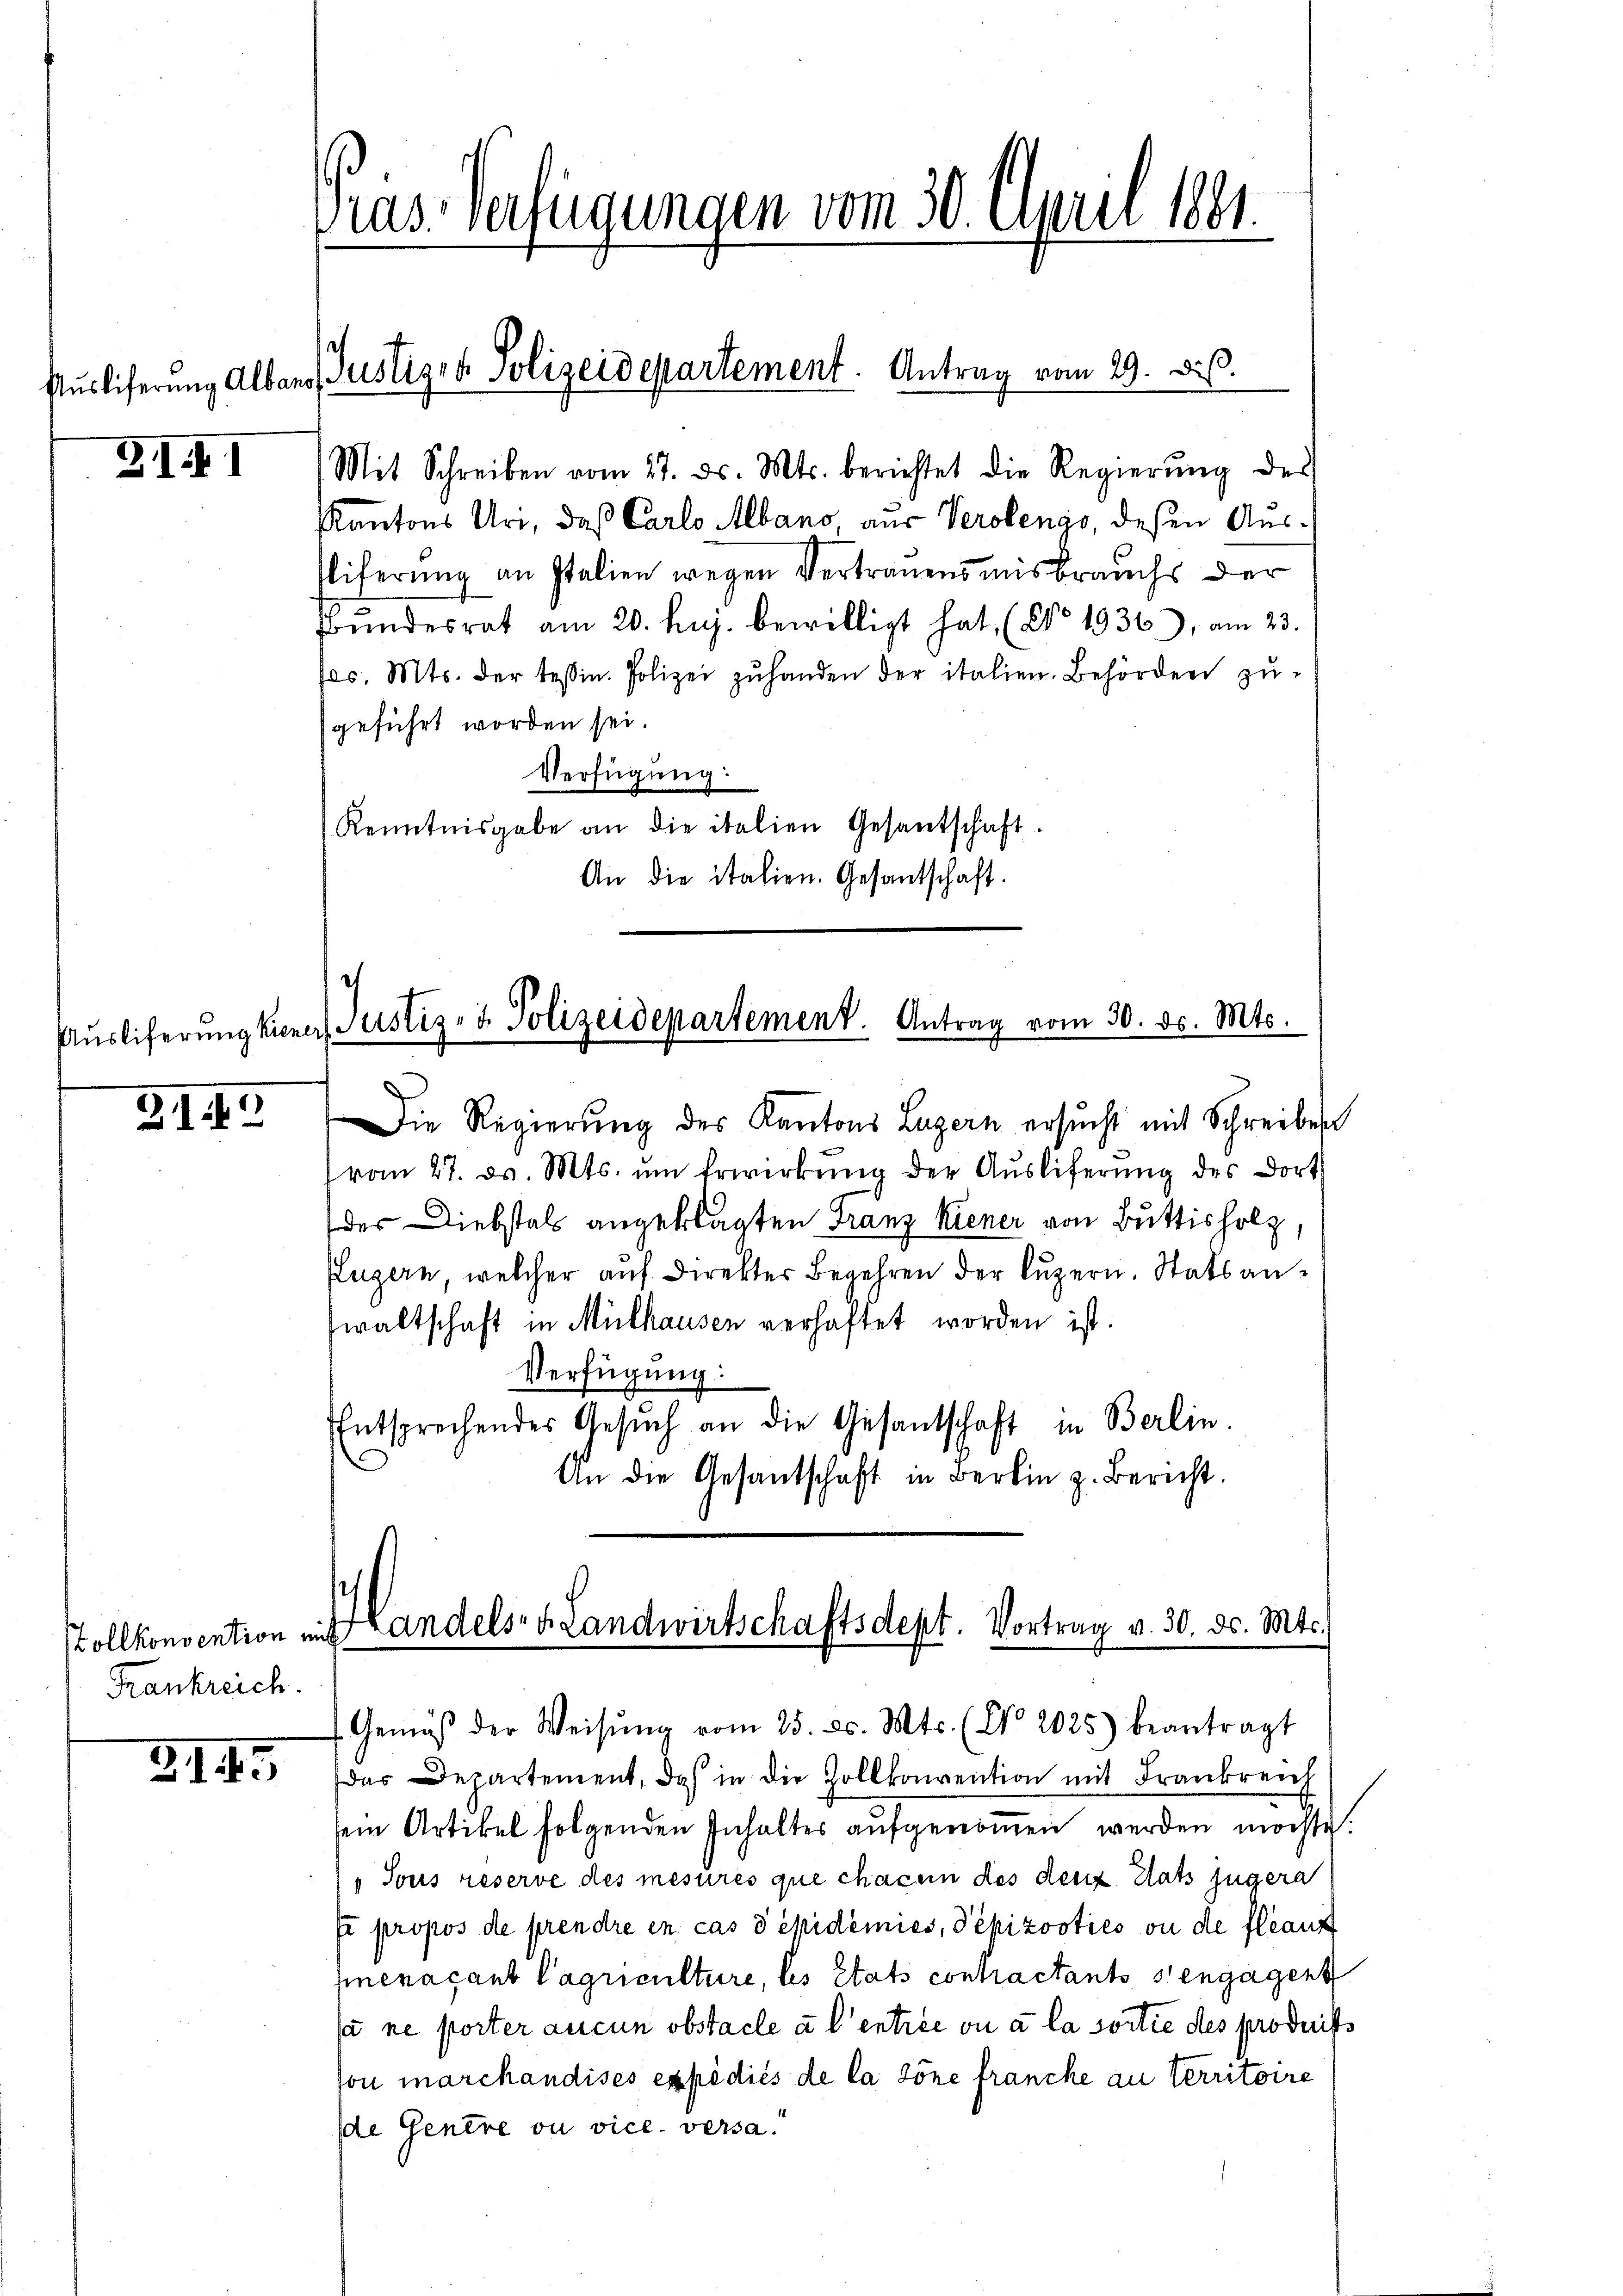
ZIII

319

Frankreich.

3.11.

Präs. Verfügungen vom 30. April 1881.

Ausliferung Albans Justiges Polizeidepartement. Antrag vom 29. Di

Mit Schreiben vom 27. ds. Mts. berichtet die Regierŭng des
Kantons Uri, daß Carlo Albano, aus Verolengo, deßen Ausstiferung an Italien wegen Vertrauensmisbrauchs der
Bundesrat am 20. huj. bewilligt hat, (No 1936), am 23.
Jes. Mts. der Tessin. Polizei zŭ handen der italien. Behörden zŭ-
geführt worden sei.
Verfügung:
Kenntnisgabe an die italien Gesantschaft.
An die italien. Gesantschaft.
Aŭsliferŭng hina Justiz- & Polizeidepartement. Antrag vom 30. ds. Mts.
Die Regierung des Kantons Luzern ersŭcht mit Schreiben
vom 27. d. Mts. ŭm Erwirkŭng der Aŭsliferŭng des dort
der Diebstals angeklagten Franz Kiener von Buttisholz,
Puzern, welcher auf Direkter Begehren der Luzern. Statsanwaltschaft in Mülhausen verhaftet worden ist.
Verfügung:
Entsprechendes Gesŭch an die Gesantschaft in Berlin.
An die Gesantschaft in Berlin z. Bericht.

Zollkonsention mit Handels- & Landwirtschaftsdept. Vortrag v. 30. d. Mts.

Gemäβ der Weisŭng vom 25. ds. Mts. (No. 2025) beantragt
das Departement, das in die Zollkonvention mit Frankreich
sein Artikel folgenden Inhalter aufgenommen werden möchte.
„Tous reserve des mesures que chacun des denz Stats jugera
fe propos de prendre en cas s epidemies, Pepizooties ou de flauf
hienacant Cagriculture, les états contractants s’engagent
sa ne porter aucun obstacle à l’entrée ou à la sortie des produits
son marchandises expédiés de la Töne francke an Territoire
se Genere ou vice. versa¬